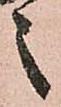
之